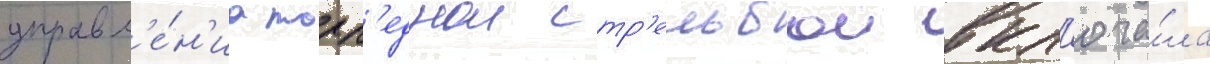
управл'е́н'иа торп'еднои стр'ельбои вкл'юча́ла